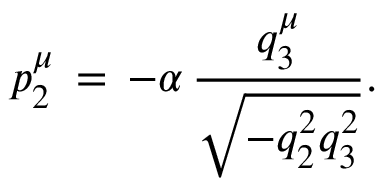
p _ { 2 } ^ { \mu } \, = \, - \alpha \, \frac { q _ { 3 } ^ { \mu } } { \sqrt { - q _ { 2 } ^ { 2 } q _ { 3 } ^ { 2 } } } .